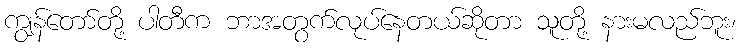
ကျွန်တော်တို့ ပါတီက ဘာအတွက်လုပ်နေတယ်ဆိုတာ သူတို့ နားမလည်ဘူး၊